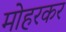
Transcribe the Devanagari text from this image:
मोहरकर